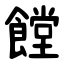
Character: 饄